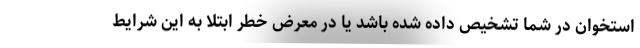
استخوان در شما تشخیص داده شده باشد یا در معرض خطر ابتلا به این شرایط